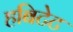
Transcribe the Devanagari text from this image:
हबिटेट